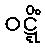
ဝဋ္ဋိံ